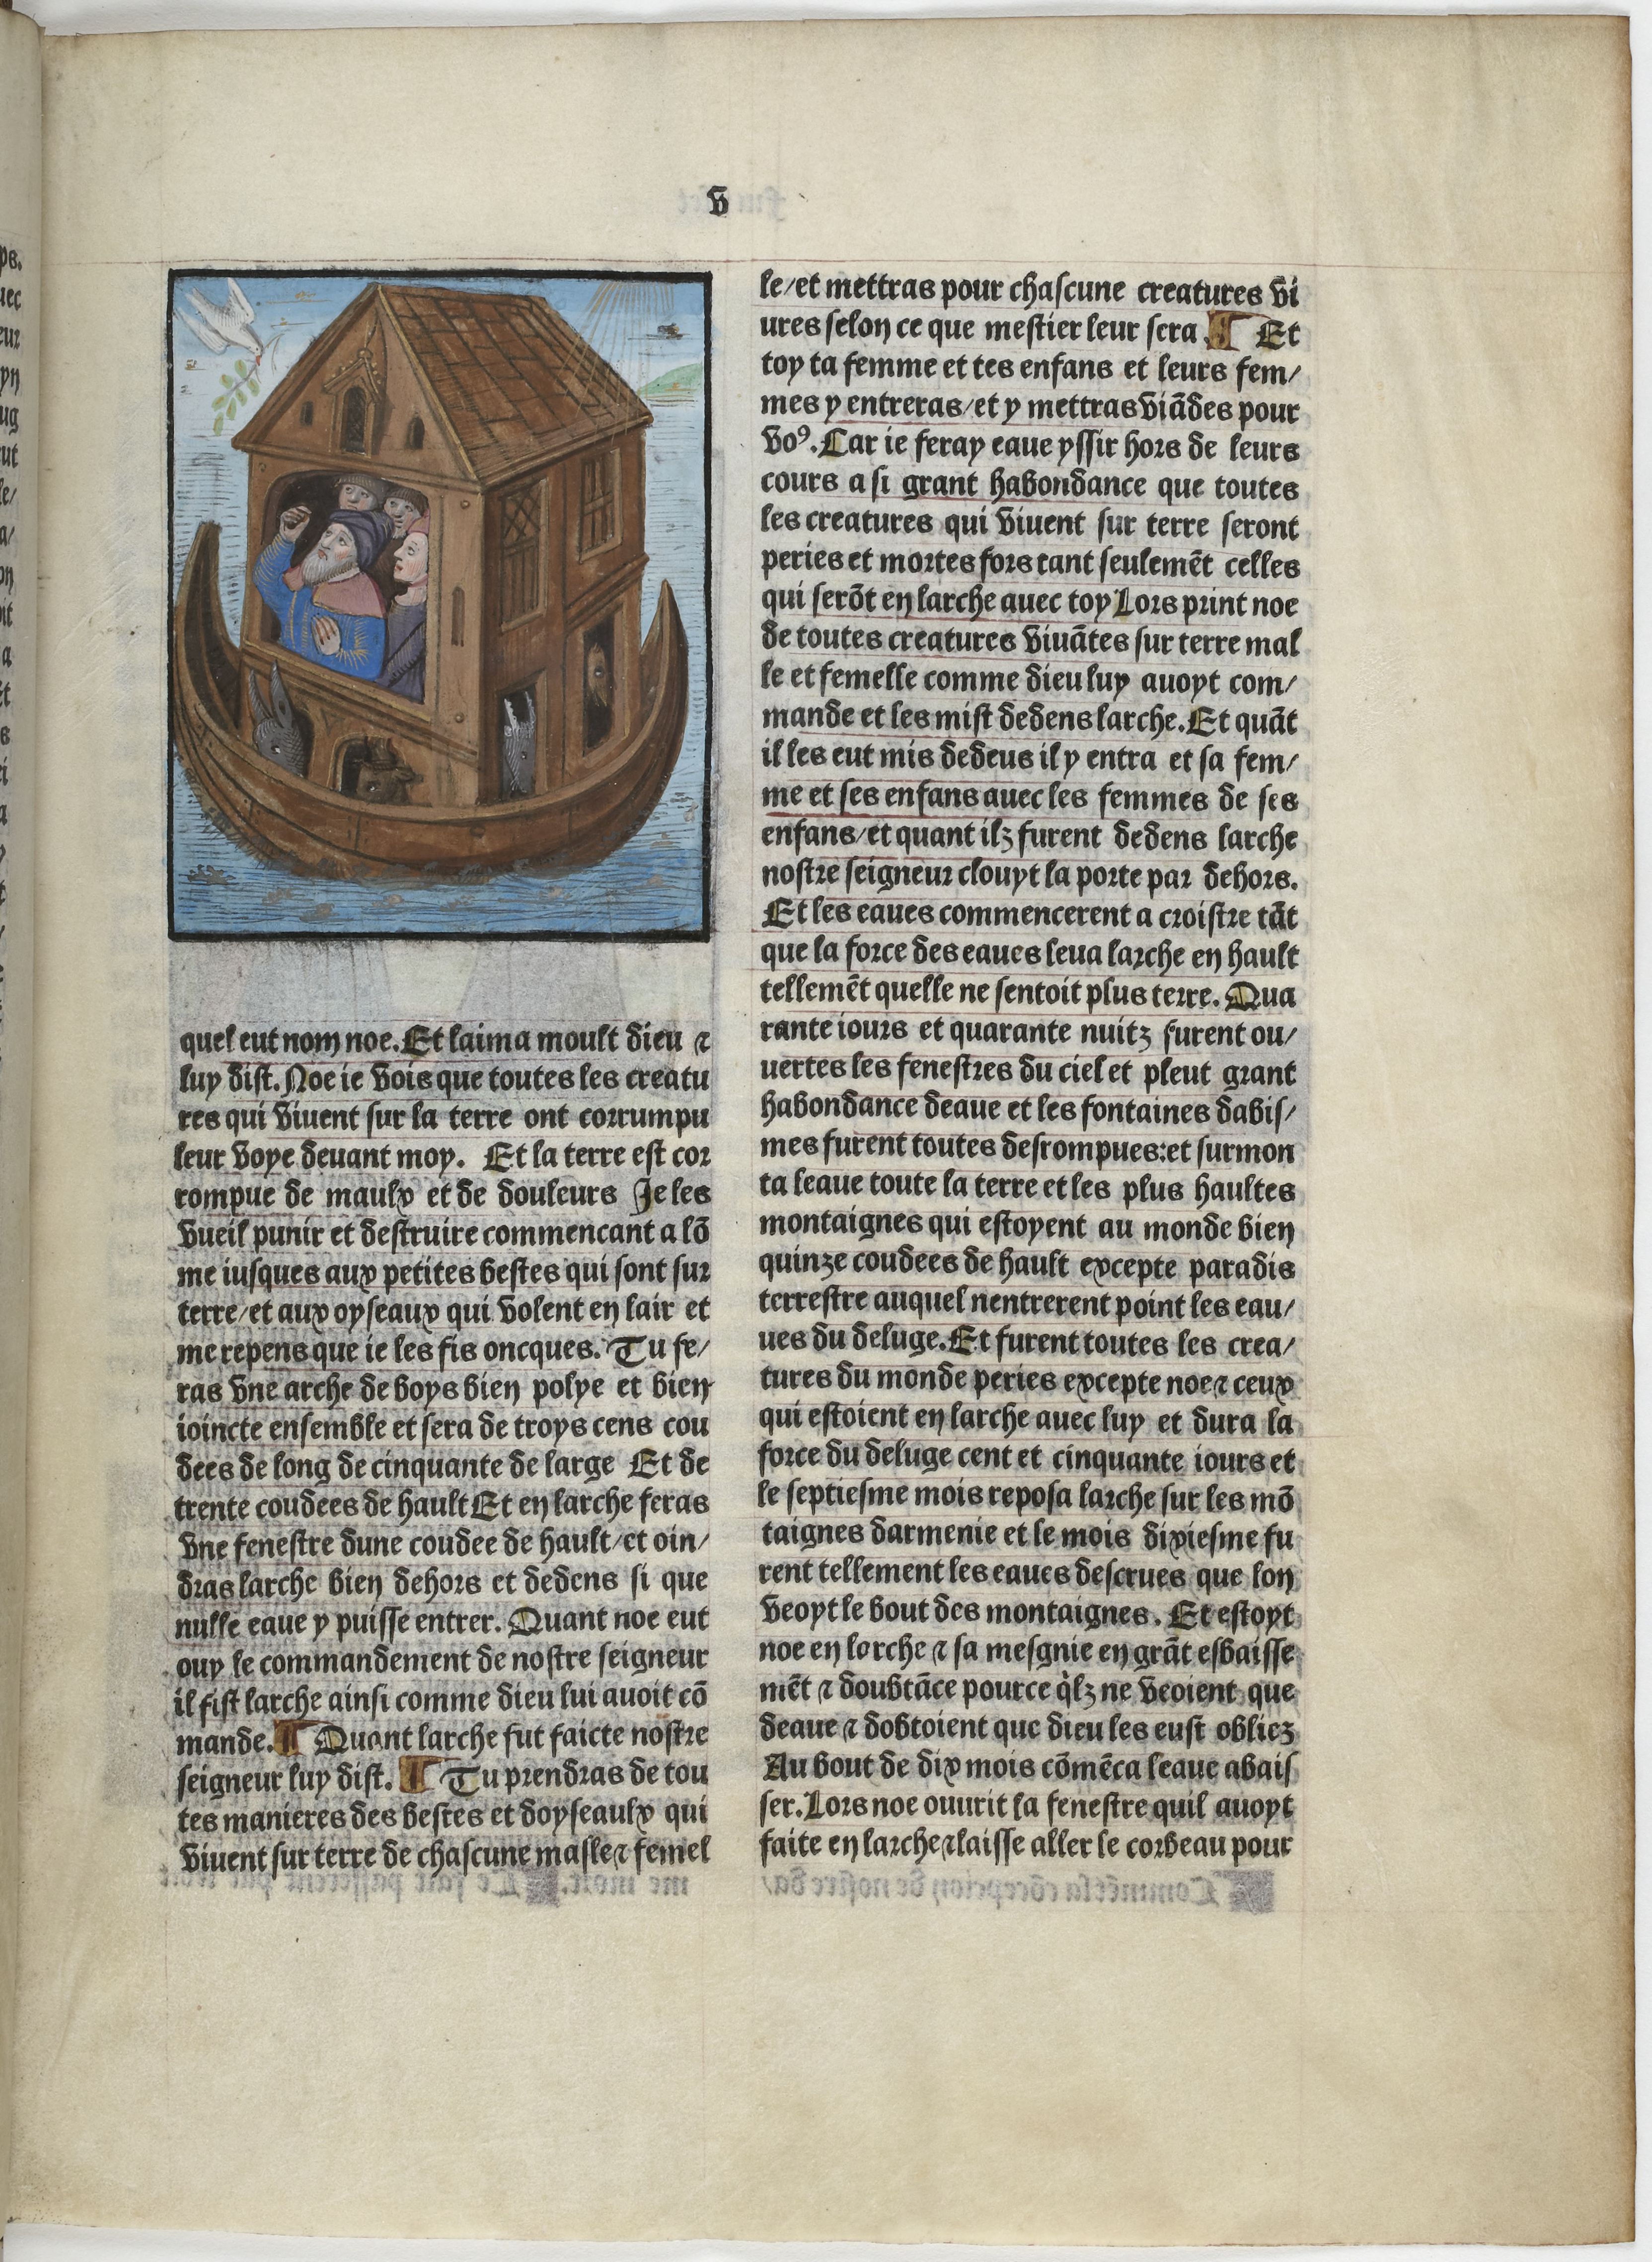
Shelfmark: Paris, BnF, Velins 906
Century: 15